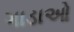
ગાડાઓ